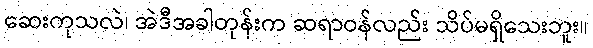
ဆေးကုသလဲ၊ အဲဒီအခါတုန်းက ဆရာဝန်လည်း သိပ်မရှိသေးဘူး။